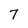
Character: 7